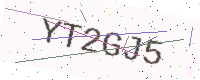
Text: YT2GJ5